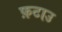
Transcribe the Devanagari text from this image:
फ़टाउ